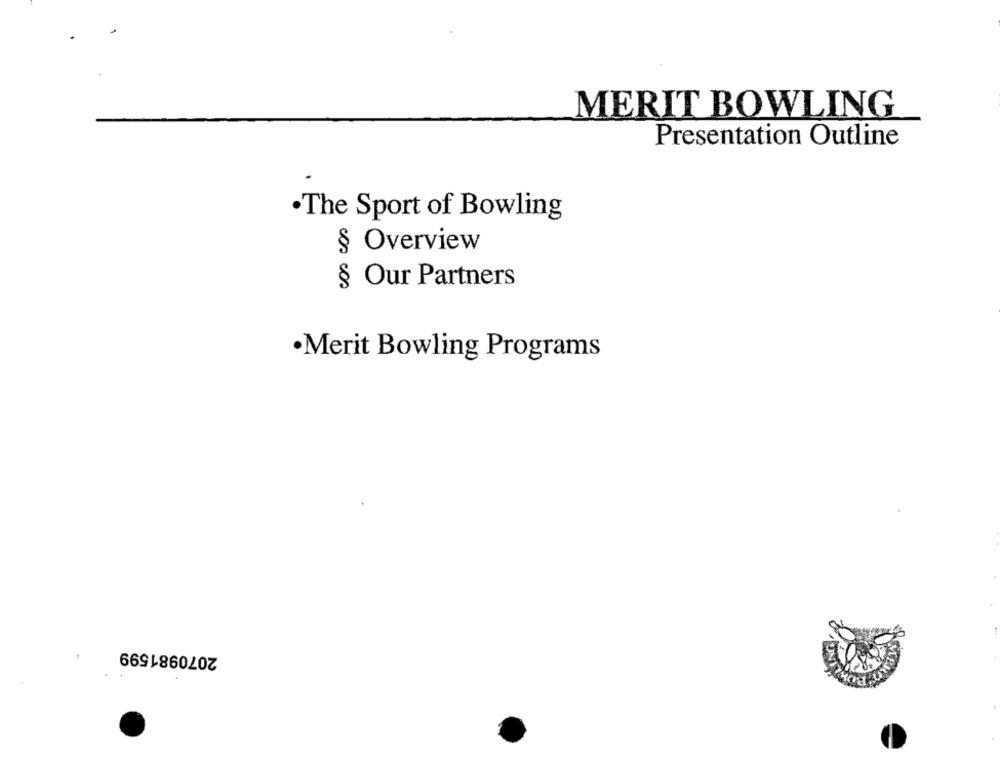
MERIT BOWLING
Presentation Outline
.The Sport of Bowling
§ Overview
§ Our Partners
·Merit Bowling Programs
2070981599